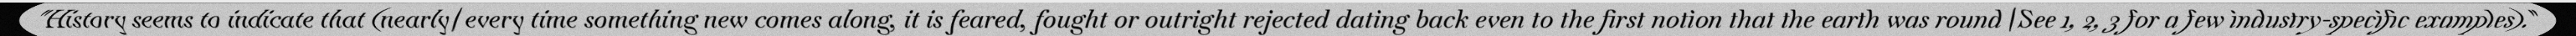
"History seems to indicate that (nearly) every time something new comes along, it is feared, fought or outright rejected dating back even to the first notion that the earth was round (See 1, 2, 3 for a few industry-specific examples)."